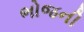
ભોજની